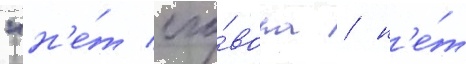
"н'е́т сго́вора / н'е́т